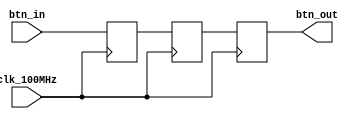
`timescale 1ns / 1ps

module btn_debouncer(
    input clk_100MHz,
    input btn_in,
    output btn_out
    );
    
    reg t0, t1, t2;
    
    always @(posedge clk_100MHz) begin
        t0 <= btn_in;
        t1 <= t0;
        t2 <= t1;
    end
    
    assign btn_out = t2;
    
endmodule